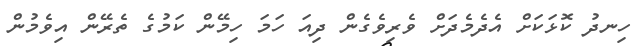
ހިނދު ކޮޅަކަށް އެދެމެދަށް ވެރިވެގެން ދިއަ ހަމަ ހިމޭން ކަމުގެ ތެރޭން އިވެމުން